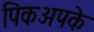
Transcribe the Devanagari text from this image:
पिकअपके